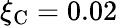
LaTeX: \xi_{\mathrm{C}}=0.02